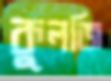
কুলজি